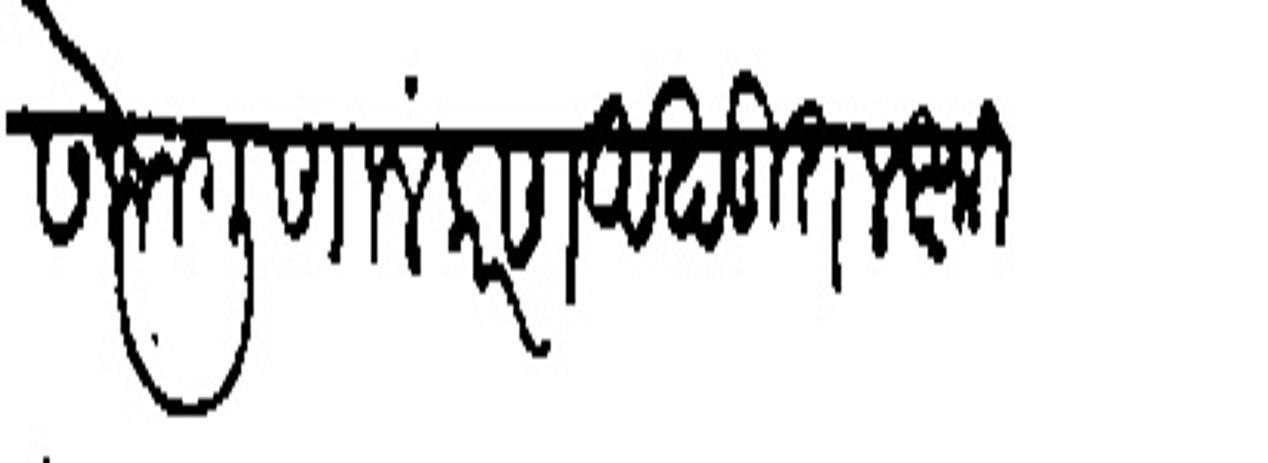
Transliteration (Devanagari): सकल गुणालंकरण अखंडित लक्ष्मी